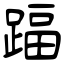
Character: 踾